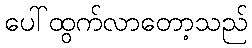
ပေါ်ထွက်လာတော့သည်